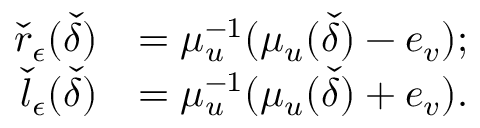
\begin{array} { r l } { { \check { r } } _ { { \epsilon } } ( { \check { \delta } } ) } & { = \mu _ { \b { u } } ^ { - 1 } ( \mu _ { \b { u } } ( { \check { \delta } } ) - e _ { v } ) ; } \\ { { \check { l } } _ { { \epsilon } } ( { \check { \delta } } ) } & { = \mu _ { \b { u } } ^ { - 1 } ( \mu _ { \b { u } } ( { \check { \delta } } ) + e _ { v } ) . } \end{array}